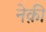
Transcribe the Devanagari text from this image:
नेक़ी